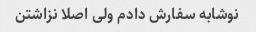
نوشابه سفارش دادم ولی اصلا نزاشتن